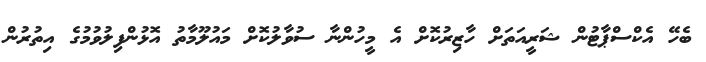
ބެހޭ އެކްސްޕާޓުން ޝަރީއަތަށް ހާޒިރުކޮށް އެ މީހުންނާ ސުވާލުކޮށް މައުލޫމާތު އޮޅުންފިލުވުމުގެ އިތުރުން